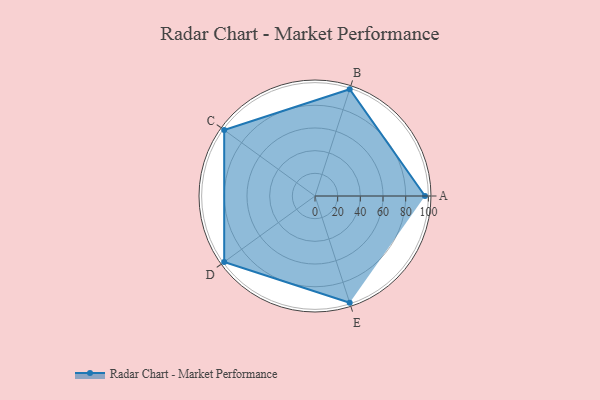
{"axis": {"x": "Skill", "y": "Score"}, "legend": ["Profile"], "data": [{"x": "A", "y": 97.0, "type": "Profile"}, {"x": "B", "y": 99, "type": "Profile"}, {"x": "C", "y": 99, "type": "Profile"}, {"x": "D", "y": 99, "type": "Profile"}, {"x": "E", "y": 99, "type": "Profile"}]}